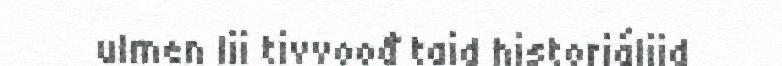
ulmen lii tivvoođ taid historjálijd